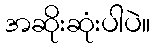
အဆိုးဆုံးပါပဲ။